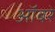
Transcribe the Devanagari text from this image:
ऑबरे